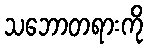
သဘောတရားကို